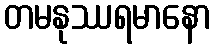
တမနုဿရမာနော